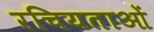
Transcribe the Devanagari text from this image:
रचियताओं